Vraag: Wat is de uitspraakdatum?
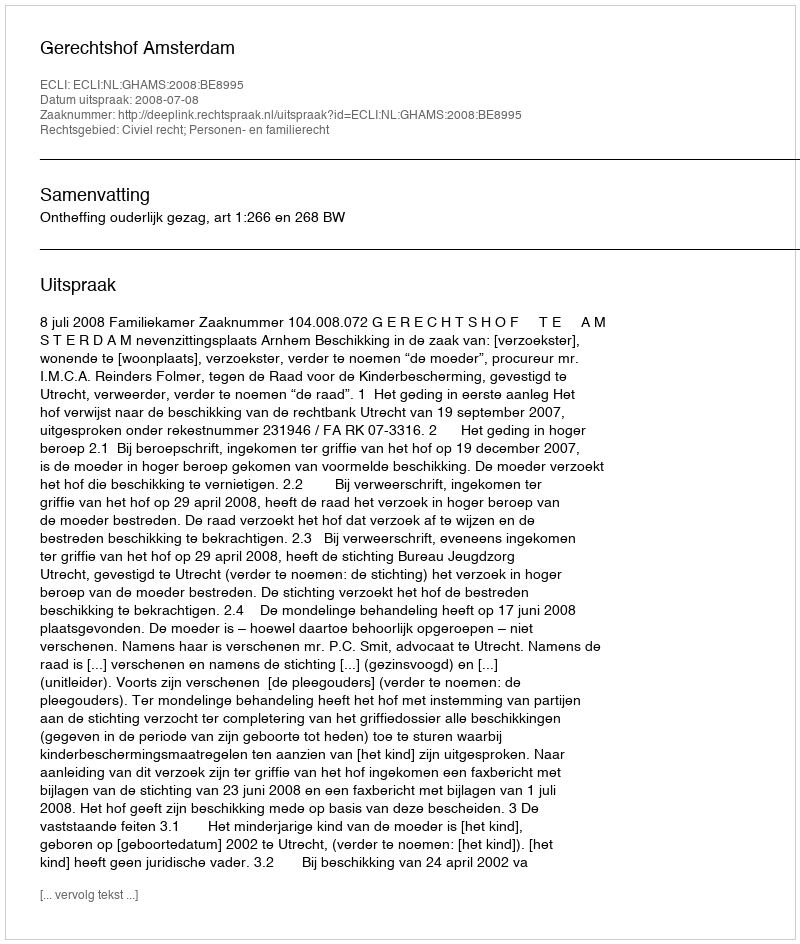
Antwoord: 2008-07-08